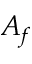
A _ { f }